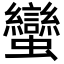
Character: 蠻